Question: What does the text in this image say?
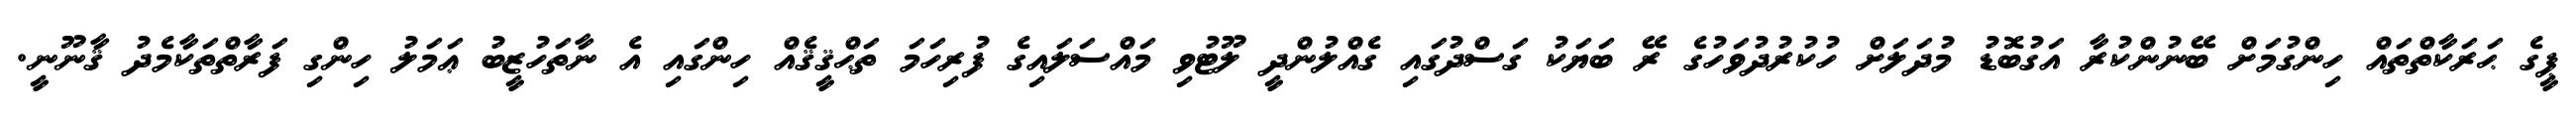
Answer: ޕީގެ ޙަރަކާތްތައް ހިންގުމަށް ބޭނުންކުރާ އަގުބޮޑު މުދަލަށް ހުކުރުދުވަހުގެ ރޭ ބަޔަކު ގަސްދުގައި ގެއްލުންދީ ލޫޓުވި މައްސަލައިގެ ފުރިހަމަ ތަޙްޤީޤެއް ހިންގައި އެ ނާތަހުޒީބު ޢަމަލު ހިންގި ފަރާތްތަކާމެދު ޤާނޫނީ.